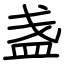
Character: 盏